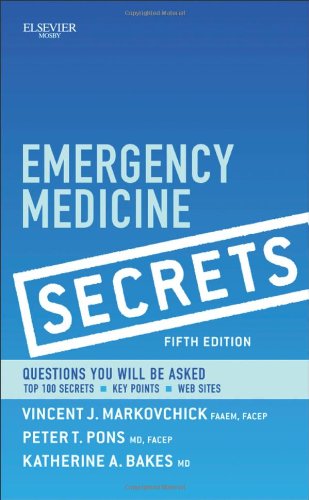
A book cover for Emergency Medicine Secrets, 5e; Vincent J. Markovchick MD  FAAEM  FACEP; Medical Books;